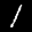
Label: 1